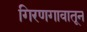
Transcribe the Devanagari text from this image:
गिरणगावातून